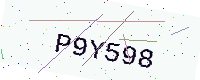
Text: P9Y598